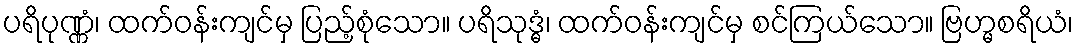
ပရိပုဏ္ဏံ၊ ထက်ဝန်းကျင်မှ ပြည့်စုံသော။ ပရိသုဒ္ဓံ၊ ထက်ဝန်းကျင်မှ စင်ကြယ်သော။ ဗြဟ္မစရိယံ၊